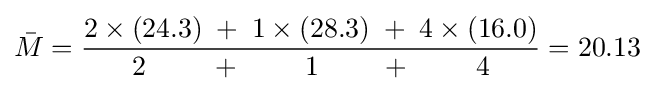
{\bar {M}}={\frac {2\times (24.3)\;+\;1\times (28.3)\;+\;4\times (16.0)}{2\qquad \;+\;\qquad 1\qquad \,+\;\qquad 4}}=20.13~